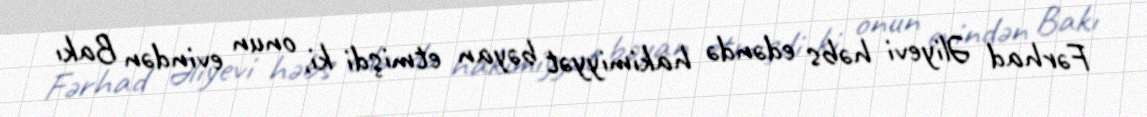
Fərhad Əliyevi həbs edəndə hakimiyyət bəyan etmişdi ki, onun evindən Bakı